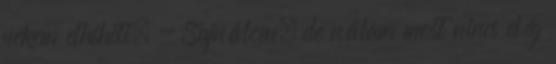
nekem elhiheti. - Sajnálom, de nálam most nincs elég